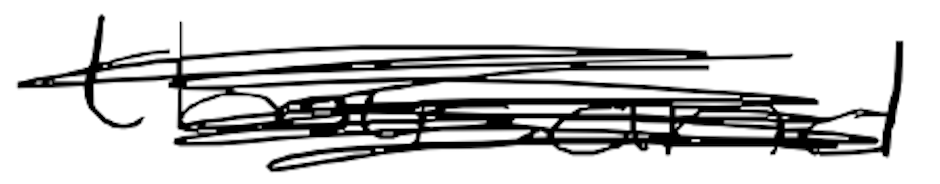
Text: thousand
Cross-out: scratch
Writing tool: digital_black